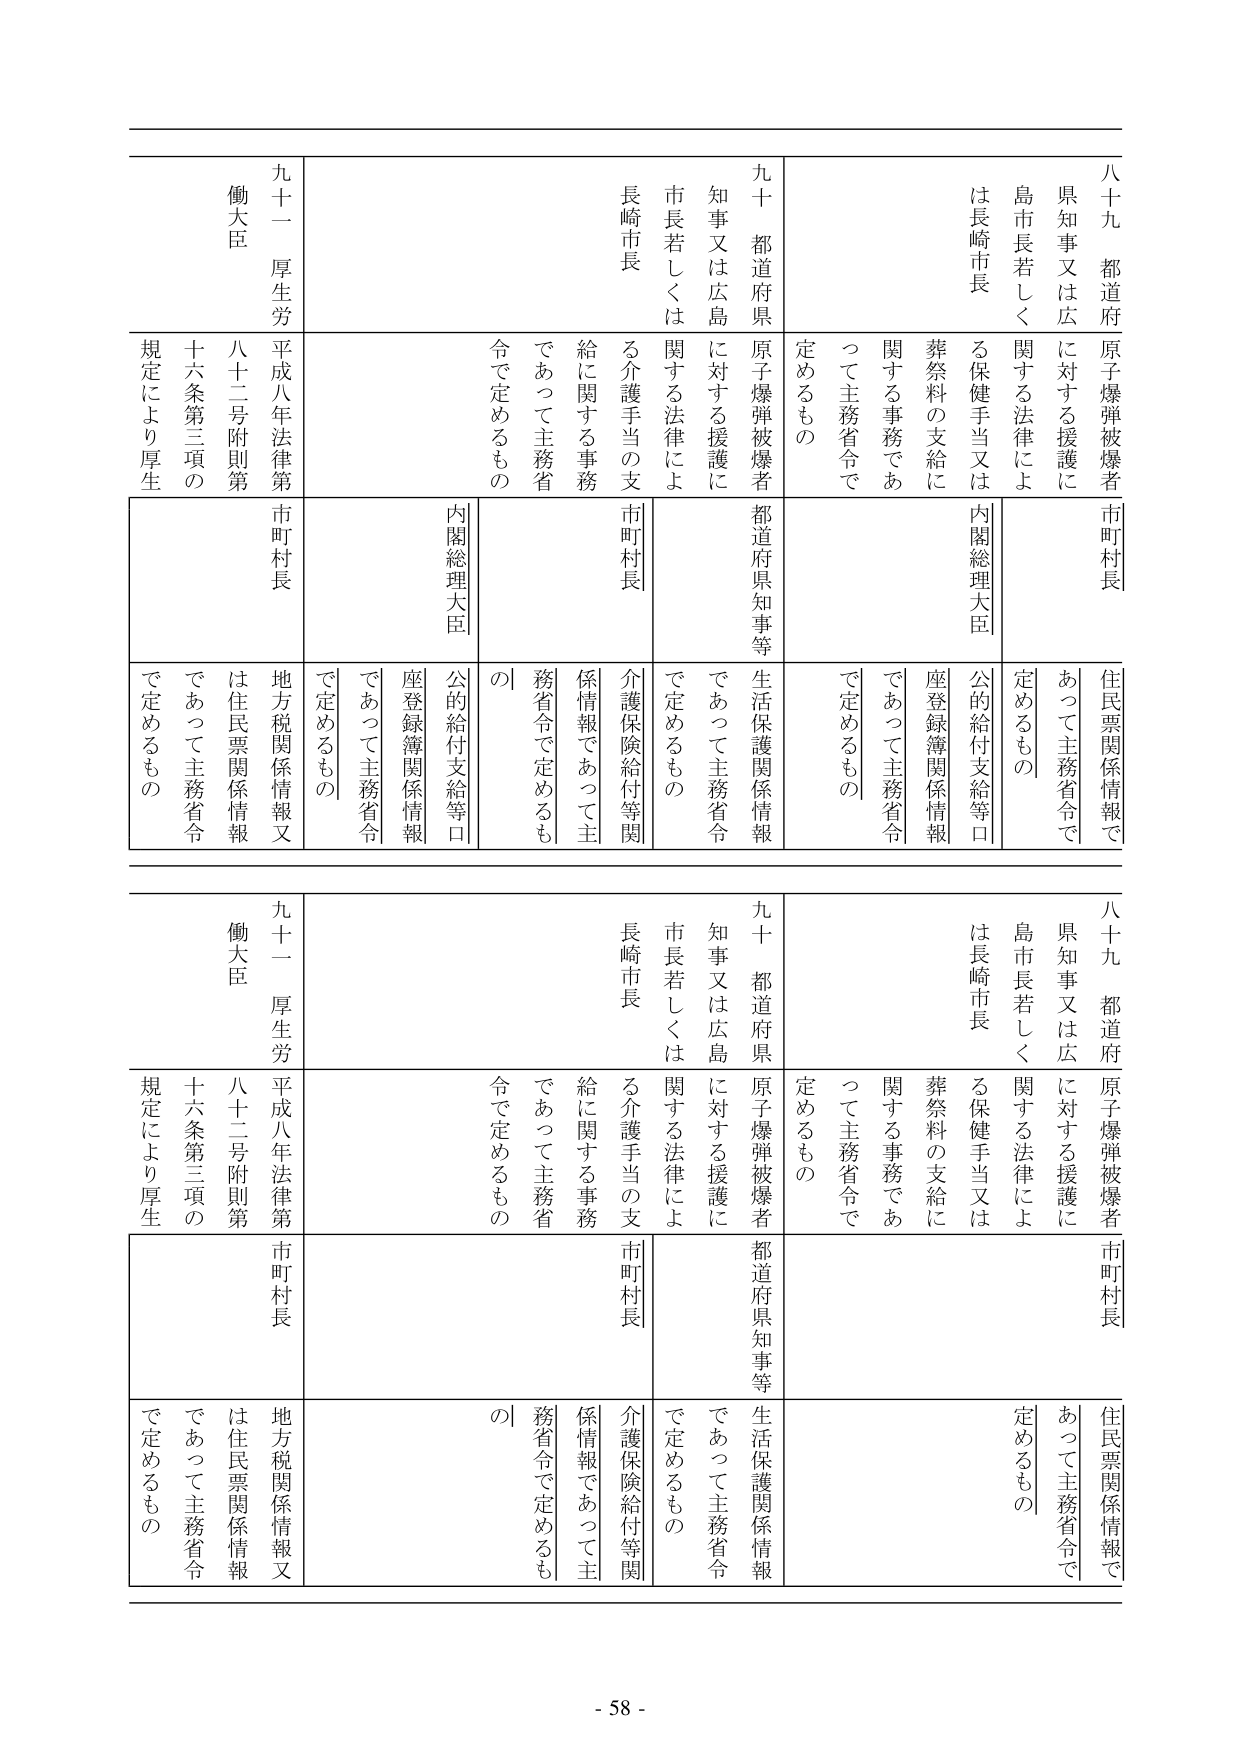
八十九 都道府
原子爆弾被爆者
市町村長
県知事又は広
に対する援護に
関する法律によ
る保健手当又は
葬祭料の支給に
関する事務であ
って主務省令で
定めるもの
島市長若しく
は長崎市長
内閣総理大臣
公的給付支給等口
座登録簿関係情報
であって主務省令
で定めるもの
住民票関係情報で
あって主務省令で
定めるもの

九十 都道府県
原子爆弾被爆者
都道府県知事等
知事又は広島
に対する援護に
関する法律によ
る介護手当の支
給に関する事務
であって主務省
令で定めるもの
市町村長
介護保険給付等関
係情報であって主
務省令で定めるも
の
生活保護関係情報
であって主務省令
で定めるもの

九十一 厚生労
働大臣
平成八年法律第
八十二号附則第
十六条第三項の
規定により厚生
市町村長
地方税関係情報又
は住民票関係情報
であって主務省令
で定めるもの
座登録簿関係情報
であって主務省令
で定めるもの
内閣総理大臣
公的給付支給等口

八十九 都道府
原子爆弾被爆者
市町村長
県知事又は広
に対する援護に
関する法律によ
る保健手当又は
葬祭料の支給に
関する事務であ
って主務省令で
定めるもの
島市長若しく
は長崎市長
内閣総理大臣
公的給付支給等口
座登録簿関係情報
であって主務省令
で定めるもの
住民票関係情報で
あって主務省令で
定めるもの

九十 都道府県
原子爆弾被爆者
都道府県知事等
知事又は広島
に対する援護に
関する法律によ
る介護手当の支
給に関する事務
であって主務省
令で定めるもの
市町村長
介護保険給付等関
係情報であって主
務省令で定めるも
の
生活保護関係情報
であって主務省令
で定めるもの

九十一 厚生労
働大臣
平成八年法律第
八十二号附則第
十六条第三項の
規定により厚生
市町村長
地方税関係情報又
は住民票関係情報
であって主務省令
で定めるもの
座登録簿関係情報
であって主務省令
で定めるもの
内閣総理大臣
公的給付支給等口

- 58 -